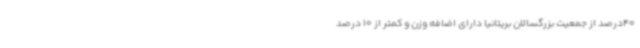
40درصد از جمعیت بزرگسالان بریتانیا دارای اضافه وزن و کمتر از 10 درصد